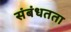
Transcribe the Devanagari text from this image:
संबंधतता